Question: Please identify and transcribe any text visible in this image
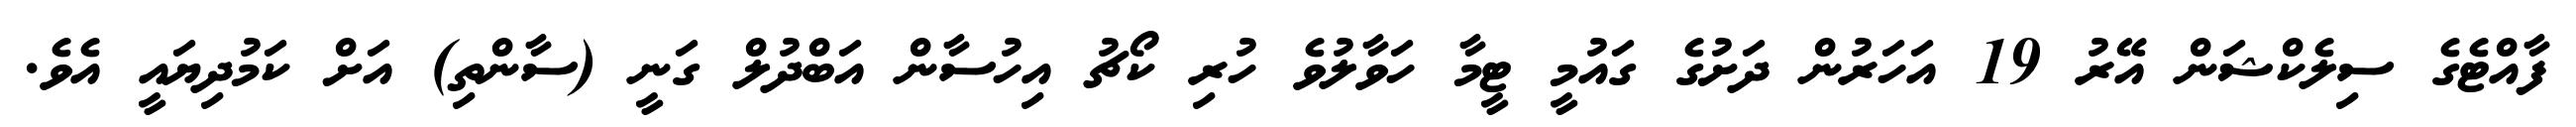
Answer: ފާއްޓެގެ ސިލެކްޝަން އޭރު 19 އަހަރުން ދަށުގެ ގައުމީ ޓީމާ ހަވާލުވެ ހުރި ކޯޗު އިހުސާން އަބްދުލް ގަނީ (ސާންތި) އަށް ކަމުދިޔައީ އެވެ.